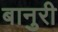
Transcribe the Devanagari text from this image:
बानुरी